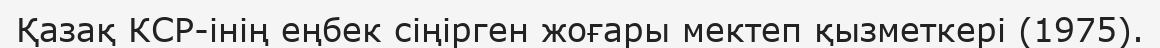
Қазақ КСР-інің еңбек сіңірген жоғары мектеп қызметкері (1975).